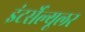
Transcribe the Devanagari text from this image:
इंटर्सेल्यूलर